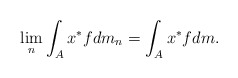
\begin{align*} \lim_n \int_{A}x^* f dm_n = \int_{A}x^*f dm. \end{align*}